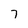
Character: 7